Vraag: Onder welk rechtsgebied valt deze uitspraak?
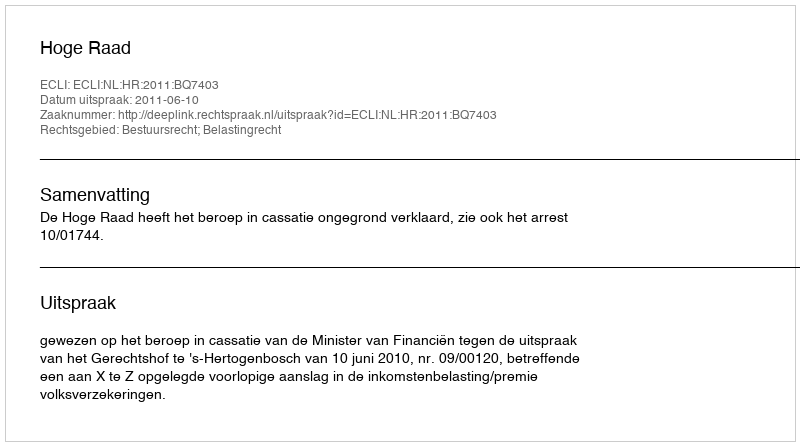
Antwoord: Bestuursrecht; Belastingrecht